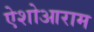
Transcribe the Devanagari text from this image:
ऐशोआराम